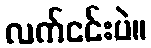
လက်ငင်းပဲ။